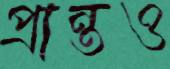
প্রান্তও